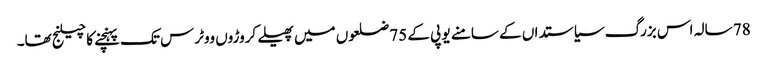
78 سالہ اس بزرگ سیاستداں کے سامنے یو پی کے 75 ضلعوں میں پھیلے کروڑوں ووٹرس تک پہنچنے کا چیلنج تھا۔